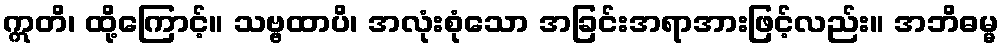
ဣတိ၊ ထို့ကြောင့်။ သဗ္ဗထာပိ၊ အလုံးစုံသော အခြင်းအရာအားဖြင့်လည်း။ အဘိဓမ္မ